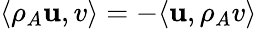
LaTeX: \langle\rho_{A}\mathbf{u},v\rangle=-\langle\mathbf{u},\rho_{A}v\rangle